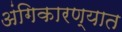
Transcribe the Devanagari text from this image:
अंगिकारण्यात